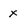
Character: x